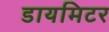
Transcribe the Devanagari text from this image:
डायमिटर